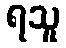
ရသူ